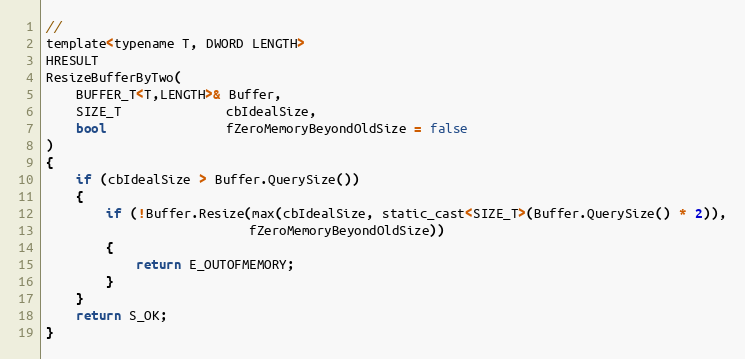
Language: C
//
template<typename T, DWORD LENGTH>
HRESULT
ResizeBufferByTwo(
    BUFFER_T<T,LENGTH>& Buffer,
    SIZE_T              cbIdealSize,
    bool                fZeroMemoryBeyondOldSize = false
)
{
    if (cbIdealSize > Buffer.QuerySize())
    {
        if (!Buffer.Resize(max(cbIdealSize, static_cast<SIZE_T>(Buffer.QuerySize() * 2)),
                           fZeroMemoryBeyondOldSize))
        {
            return E_OUTOFMEMORY;
        }
    }
    return S_OK;
}